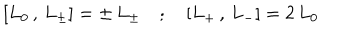
\left[ L _ { 0 } \, , \, L _ { \pm } \right] = \pm \, L _ { \pm } \quad ; \quad \left[ L _ { + } \, , \, L _ { - } \right] = 2 \, L _ { 0 }